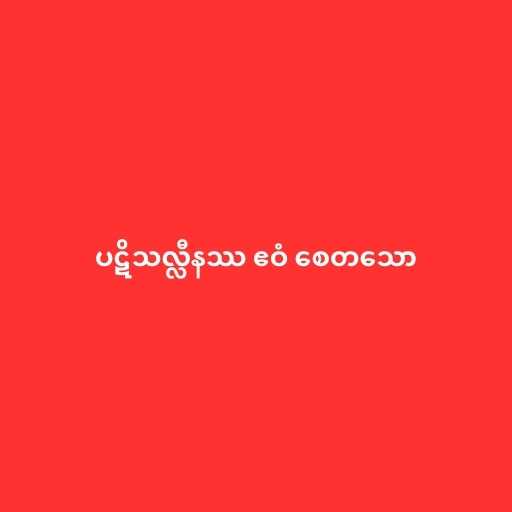
ပဋိသလ္လီနဿ ဧဝံ စေတသော